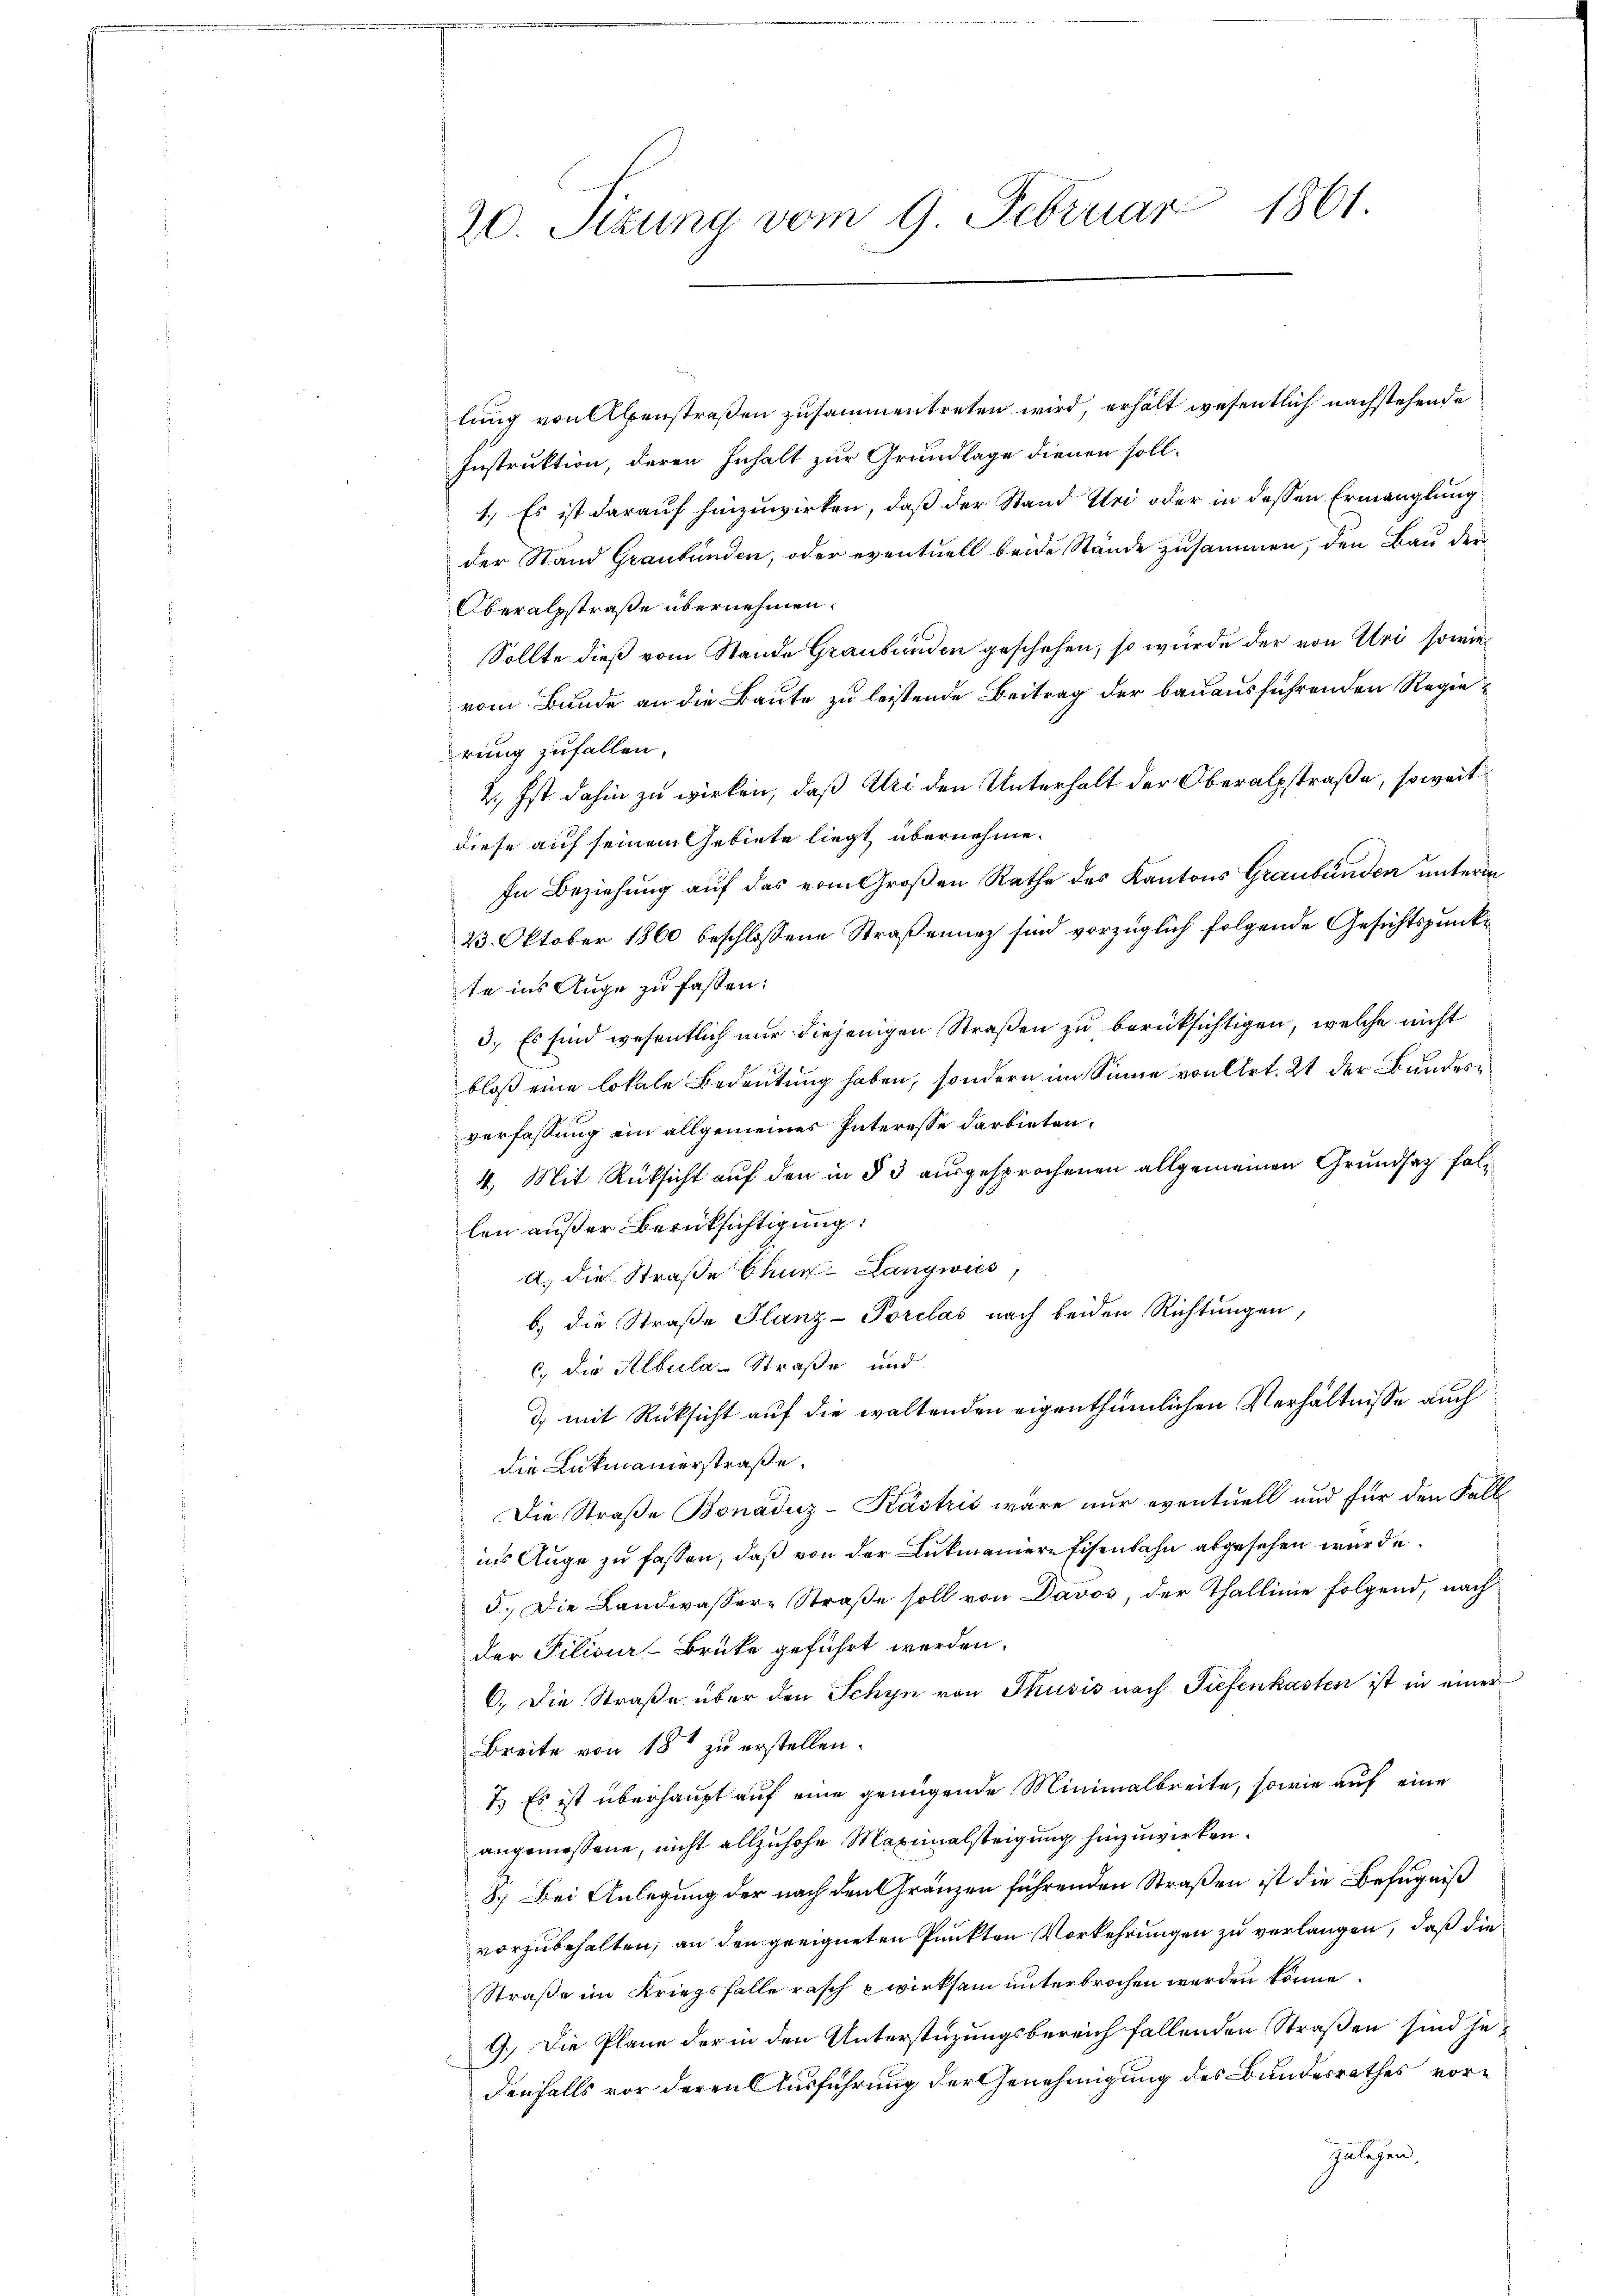
20. Sizung vom 9. Februar 1861.

lung von Abenstraßen zusammentreten wird, erhält wesentlich nachstehende
Instruktion, deren Inhalt zur Grundlage dienen soll¬
1.) Es ist darauf hinzuwirken, daß der Stand Uri oder in dessen Ermanglung
der Stand Graubünden, oder eventuell beide Stände zusammen, den Bau der
Oberalsstraße übernehmen.
Sollte dieß vom Stande Graubünden geschehen, so würde der von Uri sowie
vom Bunde an die Baute zu leistende Beitrag der bauausführenden Regierung zufallen.
2., Ist dahin zu wirken, daß Uri den Unterhalt der Oberalpstraße, soweit
diese auf seinem Gebiete liegt übernehme.
In Beziehung auf das vom Großen Rathe des Kantons Graubünden unterm
23. Oktober 1860 beschlossene Straßenunz sind vorzüglich folgende Gesichtspunk
te ins Auge zu fassen:
3.) Es sind wesentlich nur diejenigen Straßen zu berüksichtigen, welche nicht
bloß eine lokale Bedeutung haben, sondern im Sinne von Art. 21 der Bundesverfassung ein allgemeines Interesse darbieten,
4.) Mit Rüksicht auf den in § 3 ausgesprochenen allgemeinen Grundsatz fallen außer Berücksichtigung:
a) die Straße Chur-Langwies,
b.) die Straße Glanz-Porclas nach beiden Richtungen,
c, die Albula-Straße und
d, mit Rücksicht auf die waltenden eigenthümlichen Verhältnisse auch
die Lukmanierstraße.
Die Straße Bonaduz-Kästris wäre nur eventuell und für den Fall
ins Auge zu fassen, daß von der Lukmaniere Eisenbahn abgesehen würde.
5. Die Landwassere Straße soll von Davos, der Thallinie folgend, nach
der Filiour-Brüke geführt werden.
6.) Die Straße über den Schyn von Thusis nach Tiefenkasten ist in einer
Breite von 18t zu erstellen.
1.) Es ist überhaupt auf eine genügende Minimalbreite, sowie auf eine
angeniessene, nicht allzuhohe Maximalsteigung hinzuwirken.
8.) Bei Anlegung der nach den Gränzen führenden Straßen ist die Befugniß
vorzubehalten, an den geeigneten Punkten Vorkehrungen zu verlangen, daß die
Straße im Kriegsfalle rasch wirksam unterbrochen werden könne.
9.) Die Plane der in den Unterstüzungsbereich fallenden Straßen sind jedenfalls vor deren Ausführung der Genehmigung des Bundesrathes vor¬
Zulagen.